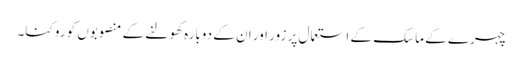
چہرے کے ماسک کے استعمال پر زور اور ان کے دوبارہ کھولنے کے منصوبوں کو روکنا۔